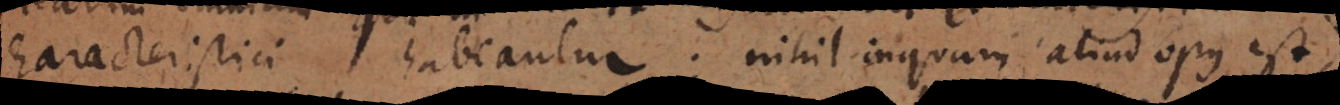
characteristici habeantur: nihil inquam aliud opus est